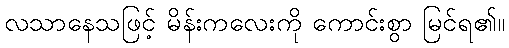
လသာနေသဖြင့် မိန်းကလေးကို ကောင်းစွာ မြင်ရ၏။